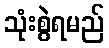
သုံးစွဲရမည်